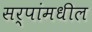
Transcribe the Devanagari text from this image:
सर्पांमधील